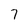
Character: 7